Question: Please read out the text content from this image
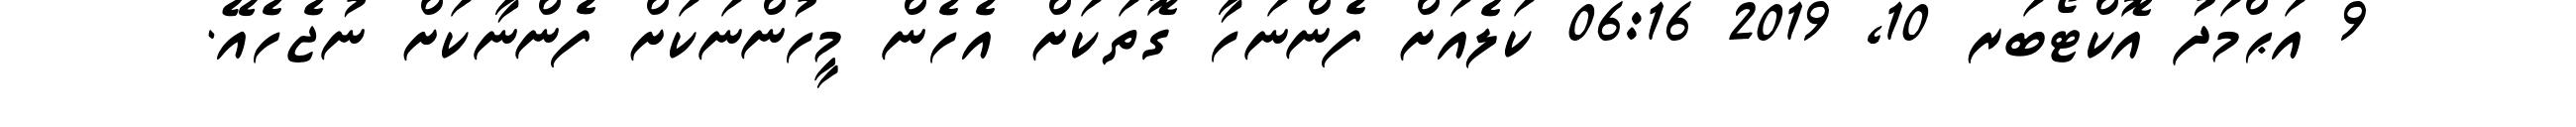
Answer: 9 އަޙްމަދު އޮކްޓޯބަރ 10, 2019 06:16 ކަލެއަށް ފެންނަހާ ގޮތަކަށް އެހެން މީހުންނަކަށް ފެންނާކަށް ނުޖެހެއޭ.